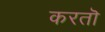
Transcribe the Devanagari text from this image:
करतॊ